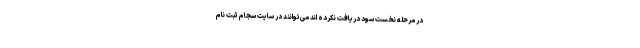
در مرحله نخست سود دریافت نکرده اند می‌توانند در سایت سجام ثبت نام